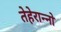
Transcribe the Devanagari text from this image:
तेहेरान्नो